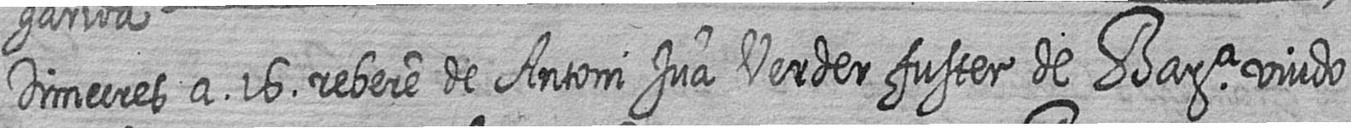
Dimecres a 16 rebere de Antoni Juan Verder fuster de Bara viudo